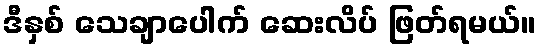
ဒီနှစ် သေချာပေါက် ဆေးလိပ် ဖြတ်ရမယ်။